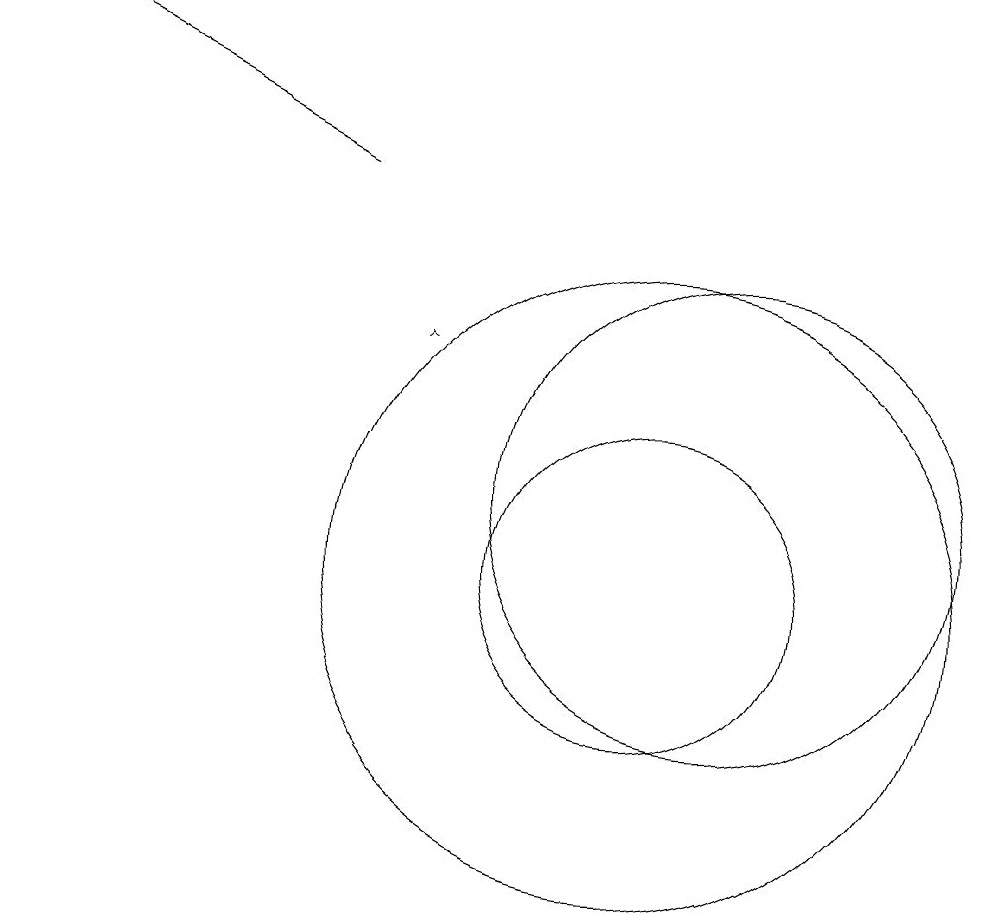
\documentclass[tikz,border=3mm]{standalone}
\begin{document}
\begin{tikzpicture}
\draw (12,11) circle (3);
\draw (11,10) circle (2);
\draw[->] (7,15) -- (3,17);
\draw (11,10) circle (4);
\draw[->] (8,13) -- (8,13);
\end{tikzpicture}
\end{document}